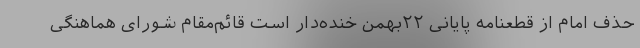
حذف امام از قطعنامه پایانی ۲۲بهمن خنده‌دار است قائم‌مقام شورای هماهنگی